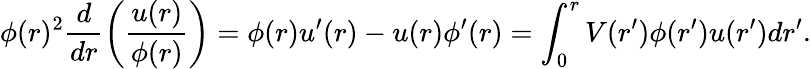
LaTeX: \phi(r)^{2}\frac{d}{dr}\left(\frac{u(r)}{\phi(r)}\right)=\phi(r)u^{\prime}(r)-u(r)\phi^{\prime}(r)=\int_{0}^{r}V(r^{\prime})\phi(r^{\prime})u(r^{\prime})dr^{\prime}.